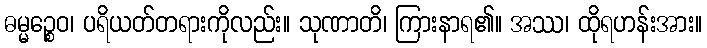
ဓမ္မဉ္စေဝ၊ ပရိယတ်တရားကိုလည်း။ သုဏာတိ၊ ကြားနာရ၏။ အဿ၊ ထိုရဟန်းအား။